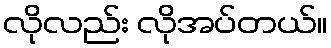
လိုလည်း လိုအပ်တယ်။